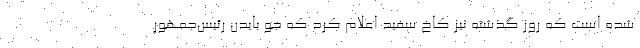
شده است که روز گذشته نیز کاخ سفید اعلام کرد که جو بایدن رئیس‌جمهور